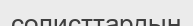
солисттардың